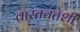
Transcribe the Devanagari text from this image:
वास्तवतेशी